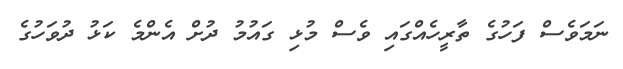
ނަމަވެސް ފަހުގެ ތާރީހެއްގައި ވެސް މުޅި ގައުމު ދުށް އެންމެ ކަޅު ދުވަހުގެ